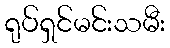
ရုပ်ရှင်မင်းသမီး